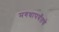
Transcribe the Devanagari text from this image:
मगधापर्यंतचे